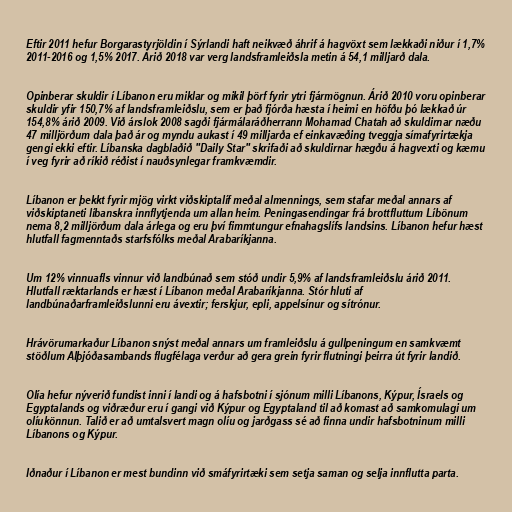
Eftir 2011 hefur Borgarastyrjöldin í Sýrlandi haft neikvæð áhrif á hagvöxt sem lækkaði niður í 1,7%
2011-2016 og 1,5% 2017. Árið 2018 var verg landsframleiðsla metin á 54,1 milljarð dala.

Opinberar skuldir í Líbanon eru miklar og mikil þörf fyrir ytri fjármögnun. Árið 2010 voru opinberar
skuldir yfir 150,7% af landsframleiðslu, sem er það fjórða hæsta í heimi en höfðu þó lækkað úr
154,8% árið 2009. Við árslok 2008 sagði fjármálaráðherrann Mohamad Chatah að skuldirnar næðu
47 milljörðum dala það ár og myndu aukast í 49 milljarða ef einkavæðing tveggja símafyrirtækja
gengi ekki eftir. Líbanska dagblaðið "Daily Star" skrifaði að skuldirnar hægðu á hagvexti og kæmu
í veg fyrir að ríkið réðist í nauðsynlegar framkvæmdir.

Líbanon er þekkt fyrir mjög virkt viðskiptalíf meðal almennings, sem stafar meðal annars af
viðskiptaneti líbanskra innflytjenda um allan heim. Peningasendingar frá brottfluttum Líbönum
nema 8,2 milljörðum dala árlega og eru því fimmtungur efnahagslífs landsins. Líbanon hefur hæst
hlutfall fagmenntaðs starfsfólks meðal Arabaríkjanna.

Um 12% vinnuafls vinnur við landbúnað sem stóð undir 5,9% af landsframleiðslu árið 2011.
Hlutfall ræktarlands er hæst í Líbanon meðal Arabaríkjanna. Stór hluti af
landbúnaðarframleiðslunni eru ávextir; ferskjur, epli, appelsínur og sítrónur.

Hrávörumarkaður Líbanon snýst meðal annars um framleiðslu á gullpeningum en samkvæmt
stöðlum Alþjóðasambands flugfélaga verður að gera grein fyrir flutningi þeirra út fyrir landið.

Olía hefur nýverið fundist inni í landi og á hafsbotni í sjónum milli Líbanons, Kýpur, Ísraels og
Egyptalands og viðræður eru í gangi við Kýpur og Egyptaland til að komast að samkomulagi um
olíukönnun. Talið er að umtalsvert magn olíu og jarðgass sé að finna undir hafsbotninum milli
Líbanons og Kýpur.

Iðnaður í Líbanon er mest bundinn við smáfyrirtæki sem setja saman og selja innflutta parta.